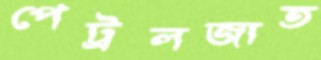
পেট্রলজাত